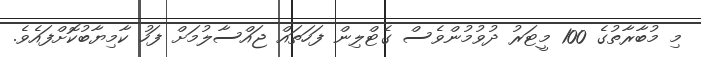
މި މުބާރާތުގެ 100 މީޓަރު ދުވުމުންވެސް ގެޓްލިން ފަހަތައް ޖައްސާލުމަށް ފަހު ކާމިޔާބުކޮށްފައެވެ.